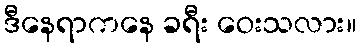
ဒီနေရာကနေ ခရီး ဝေးသလား။